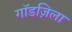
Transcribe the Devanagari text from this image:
गॉडज़िला